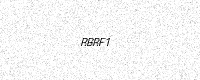
Text: RBRF1